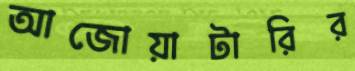
আজোয়াটারির